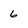
Character: 6